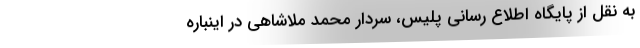
به نقل از پایگاه اطلاع رسانی پلیس، سردار محمد ملاشاهی در اینباره